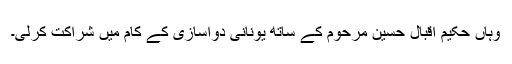
وہاں حکیم اقبال حسین مرحوم کے ساتھ یونانی دواسازی کے کام میں شراکت کرلی۔